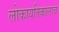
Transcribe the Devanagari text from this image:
लोकायतिकालाच